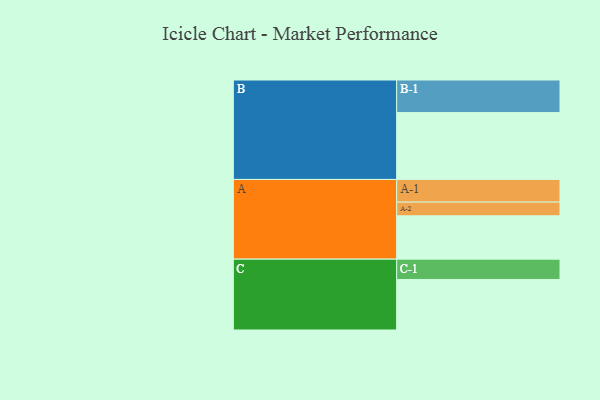
{"axis": {"x": "Segment", "y": "Value"}, "legend": ["", "A", "B", "C"], "data": [{"x": "A", "y": 300, "type": ""}, {"x": "B", "y": 463, "type": ""}, {"x": "C", "y": 350, "type": ""}, {"x": "A-1", "y": 157, "type": "A"}, {"x": "A-2", "y": 95, "type": "A"}, {"x": "B-1", "y": 226, "type": "B"}, {"x": "C-1", "y": 141, "type": "C"}]}